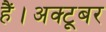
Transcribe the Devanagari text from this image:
हैं।अक्टूबर